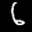
Label: 6